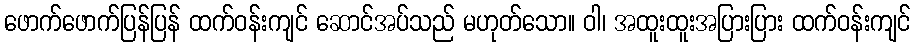
ဖောက်ဖောက်ပြန်ပြန် ထက်ဝန်းကျင် ဆောင်အပ်သည် မဟုတ်သော။ ဝါ၊ အထူးထူးအပြားပြား ထက်ဝန်းကျင်